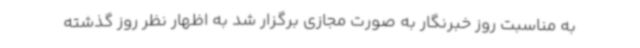
به مناسبت روز خبرنگار به صورت مجازی برگزار شد به اظهار نظر روز گذشته